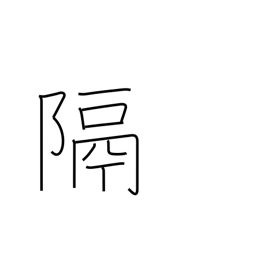
Meaning: distance